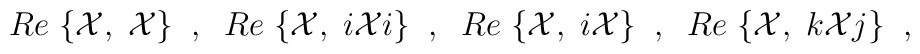
Re \; \{{\cal X}, \; {\cal X} \} \; \; , \; \;Re \; \{{\cal X}, \; i{\cal X}i \} \; \; , \; \;Re \; \{{\cal X}, \; i{\cal X} \} \; \; , \; \;Re \; \{{\cal X}, \; k{\cal X}j \} \; \; ,